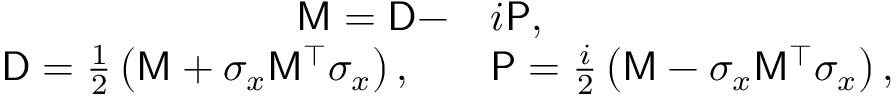
\begin{array} { r l } { { \sf M } = { \sf D } - } & { { } i { \sf P } , } \\ { { \sf D } = \frac { 1 } { 2 } \left( { \sf M } + \sigma _ { x } { \sf M } ^ { \top } \sigma _ { x } \right) , \quad } & { { } { \sf P } = \frac { i } { 2 } \left( { \sf M } - \sigma _ { x } { \sf M } ^ { \top } \sigma _ { x } \right) , } \end{array}